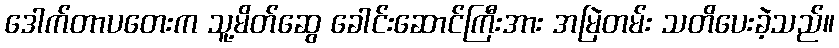
ဒေါက်တာပတေးက သူ့မိတ်ဆွေ ခေါင်းဆောင်ကြီးအား အမြဲတမ်း သတိပေးခဲ့သည်။